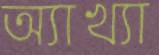
অ্যাখ্যা